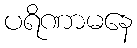
ပရိဏာမနေ